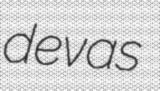
devas